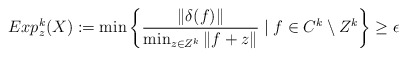
\begin{align*}Exp_z^k(X) := \min \left\lbrace \frac{\|\delta(f)\|}{\min_{z\in Z^k}\|f+z\|}\; | \; f \in C^k \setminus Z^k \right\rbrace \geq \epsilon\end{align*}